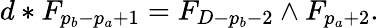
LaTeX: d*F_{p_{b}-p_{a}+1}=F_{D-p_{b}-2}\wedge F_{p_{a}+2}.